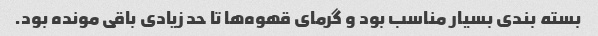
بسته بندی بسیار مناسب بود و گرمای قهوه‌ها تا حد زیادی باقی مونده بود.